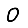
Digit: 0